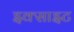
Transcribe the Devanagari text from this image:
इक्साइट